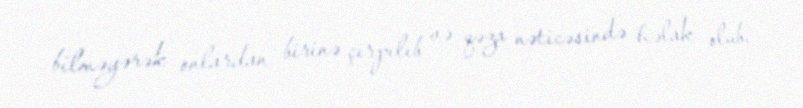
bilməyərək onlardan birinə çırpılıb və qəza nəticəsində həlak olub.